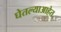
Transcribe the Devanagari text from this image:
घेतल्याआहेत